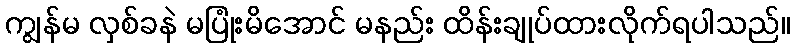
ကျွန်မ လှစ်ခနဲ မပြုံးမိအောင် မနည်း ထိန်းချုပ်ထားလိုက်ရပါသည်။